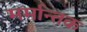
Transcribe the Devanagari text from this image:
मर्मान्तक